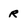
Character: R